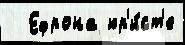
  Ефрона юр'и́ст'е